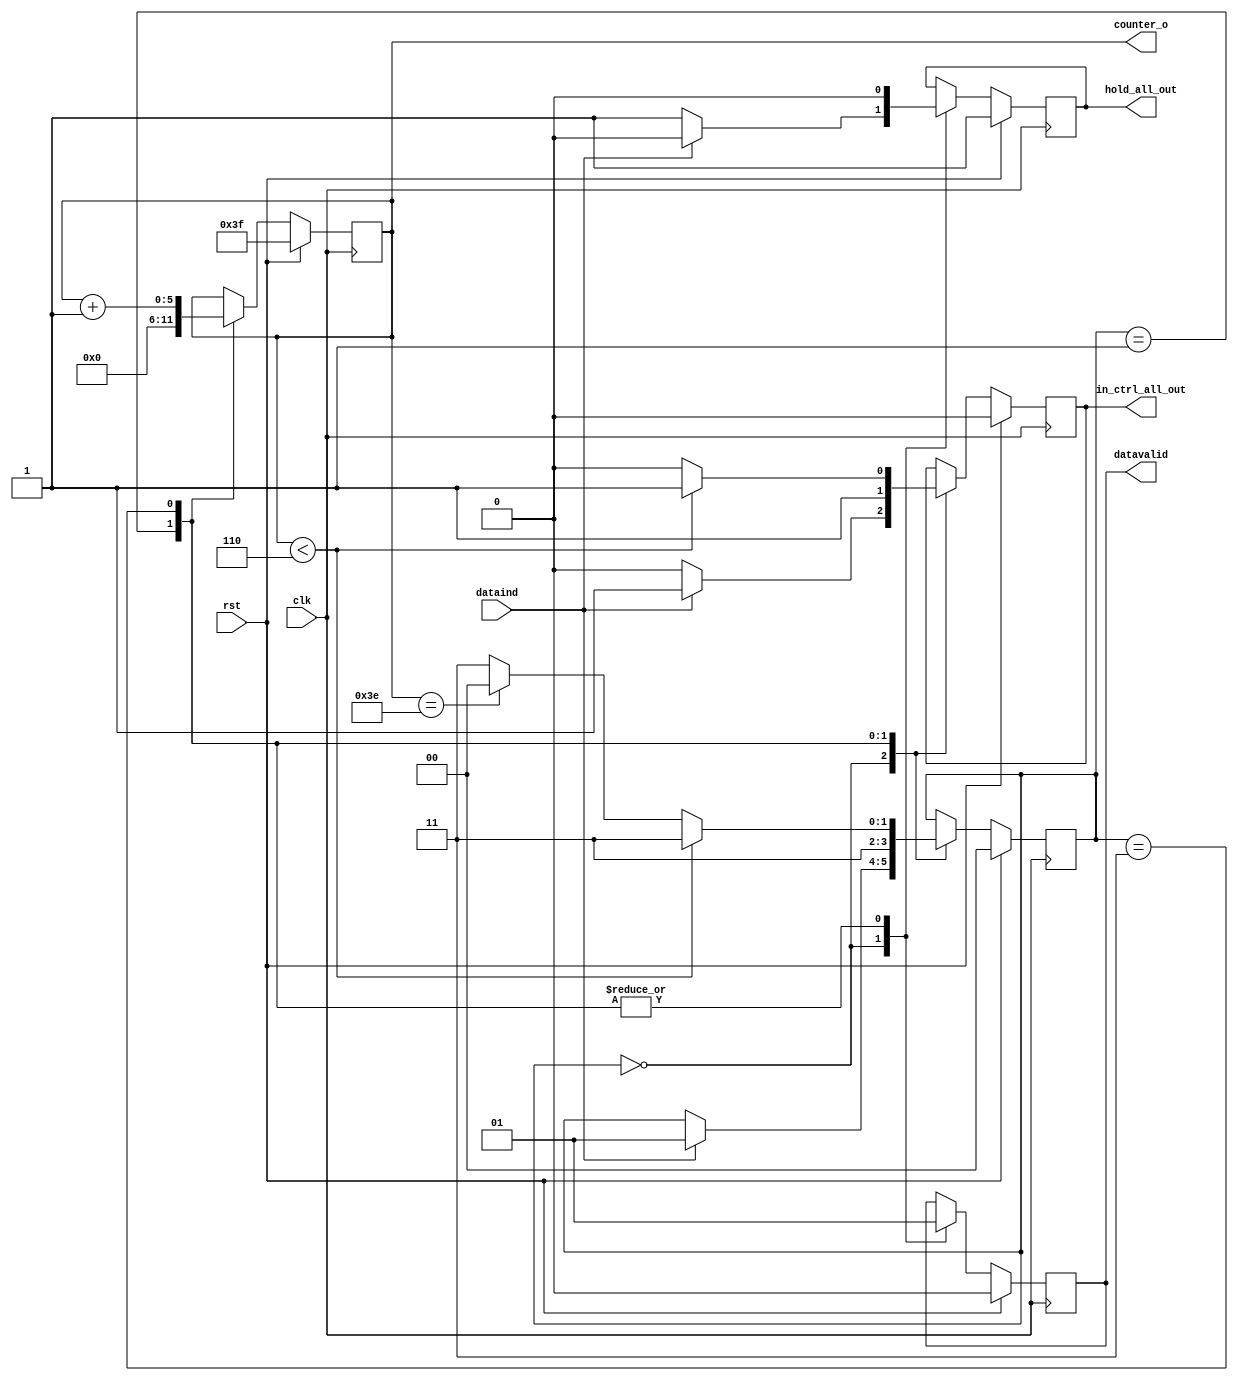
module output_counter(
  clk,
  rst,
  dataind,
  counter_o,
  datavalid,
  in_ctrl_all_out,
  hold_all_out
  );
  
  input        clk;
  input        rst;
  input        dataind;
  output [5:0] counter_o;
  output       datavalid;
  output       in_ctrl_all_out;
  output       hold_all_out;
  
  wire         clk;
  wire         rst;
  wire         dataind;
  wire   [5:0] counter_o;
  reg          datavalid;
  reg          in_ctrl_all_out;
  reg          hold_all_out;  
  
  
  localparam idle     = 2'b00; 
  localparam prepare  = 2'b01;
  localparam counting = 2'b11; 
  
  reg [1:0] currentstate;
  reg [5:0] counter;
  
  assign counter_o = counter;
  
  always@(posedge clk)
    begin
      if(rst==1'b1)
        begin
          currentstate    <= idle;
          counter         <= 6'b111111;
          datavalid       <= 1'b0;
          in_ctrl_all_out <= 1'b0;
          hold_all_out    <= 1'b1;
        end
      else 
        begin
          case (currentstate)
            idle:
              begin
                if(dataind==1'b1)
                  begin
                    currentstate    <= prepare;
                    counter         <= counter;
                    datavalid       <= 1'b0;
                    in_ctrl_all_out <= 1'b1;
                    hold_all_out    <= 1'b0;
                  end
                else 
                  begin
                    currentstate    <= currentstate;
                    counter         <= counter;
                    datavalid       <= 1'b0;
                    in_ctrl_all_out <= 1'b0;
                    hold_all_out    <= 1'b1;
                  end
              end
            prepare:
              begin
                currentstate    <= counting;
                counter         <= 6'b0;
                datavalid       <= 1'b1;
                in_ctrl_all_out <= 1'b1;
                hold_all_out    <= 1'b0;
              end
            counting:
              begin
                if(counter< 6'b000110)
                  begin
                    currentstate    <= counting;
                    counter         <= counter + 1'b1;
                    datavalid       <= 1'b1;
                    in_ctrl_all_out <= 1'b1;
                    hold_all_out    <= 1'b0;
                  end
                else
                  begin
                    if(counter == 6'b111110)
                      begin
                        currentstate    <= idle;
                        counter         <= counter + 1'b1;
                        datavalid       <= 1;
                        in_ctrl_all_out <= 1'b0;
                        hold_all_out    <= 1'b0;
                      end
                    else 
                      begin
                        currentstate    <= counting;
                        counter         <= counter + 1'b1;
                        datavalid       <= 1;
                        in_ctrl_all_out <= 1'b0;
                        hold_all_out    <= 1'b0;
                      end
                  end
                
              end
          endcase
        end
    end
endmodule